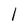
Character: l